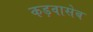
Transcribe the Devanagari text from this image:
कड़वासेब